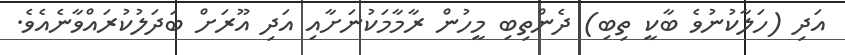
އަދި (ހަލާކުނުވެ ބާކީ ތިބި) ދެންތިބި މީހުން ރާމާމަކުނަށާއި އަދި އޫރަށް ބަދަލުކުރައްވާނެއެވެ.